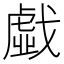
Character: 戱